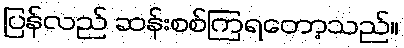
ပြန်လည် ဆန်းစစ်ကြရတော့သည်။